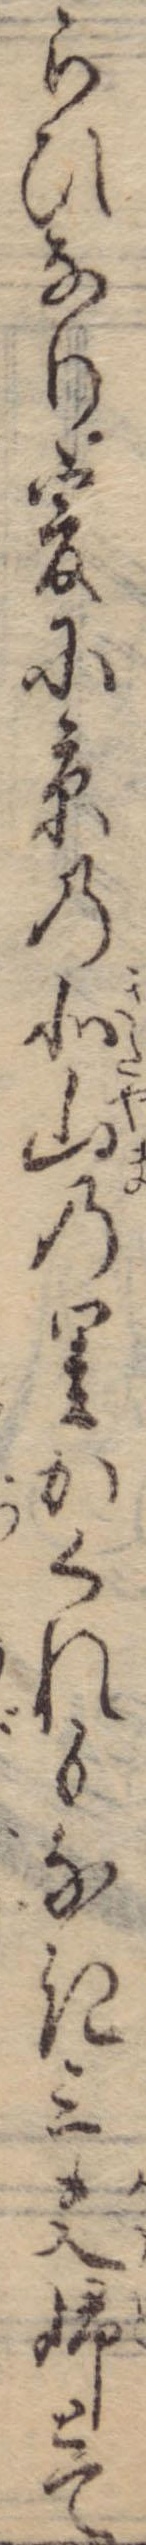
らひなり爰に京の北山の里かくれもなき三夫婦とて